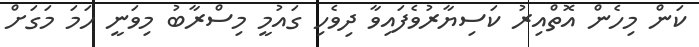
ކަން މިހެން އޮތްއިރު ކަސިޔާރުވެފައިވާ ދިވެހި ގައުމީ މިސްރާބު މިވަނީ ހަމަ މަގަށް